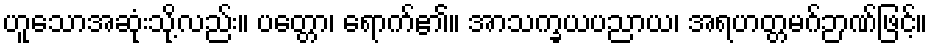
ဟူသောအဆုံးသို့လည်း။ ပတ္တော၊ ရောက်၏။ အာသက္ခယပညာယ၊ အရဟတ္တမဂ်ဉာဏ်ဖြင့်။